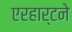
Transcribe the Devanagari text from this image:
एरहार्टने